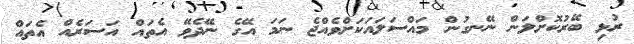
ރުޅި ބޭރުކޮށްލަން ނޭނގުން މައްސަލައަކަށްވެއްޖެ ނަމަ އޭގެ ނޭދެވޭ އެތައް އަސަރެއް އެތައް